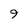
Character: 9